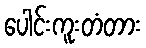
ပေါင်းကူးတံတား